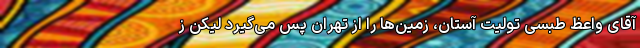
آقای واعظ طبسی تولیت آستان، زمین‌ها را از تهران پس می‌گیرد لیکن ز